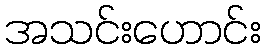
အသင်းဟောင်း